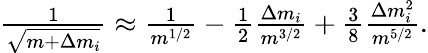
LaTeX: \begin{array}{r}{\frac{1}{\sqrt{m+\Delta m_{i}}}\approx\frac{1}{m^{1/2}}-\frac{1}{2}\frac{\Delta m_{i}}{m^{3/2}}+\frac{3}{8}\frac{\Delta m_{i}^{2}}{m^{5/2}}.}\end{array}